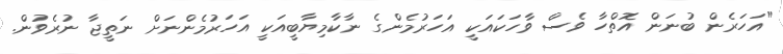
"އަހަރެން ބުނަން އޮތްހާ ވެސް ވާހަކައަކީ އަހަރުމެންގެ ނާކާމިޔާބީއަކީ އަހަރުމެންނަށް ނަތީޖާ ނުރެވުން.